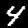
Label: 4